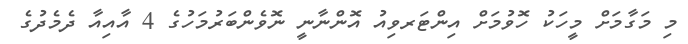
މި މަގާމަށް މީހަކު ހޮވުމަށް އިންޓަރވިއު އޮންނާނީ ނޮވެންބަރުމަހުގެ 4 އާއިއާ ދެމެދުގެ